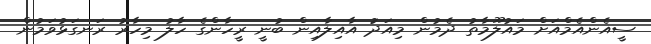
ސީއެންއެމްއަށް މައުލޫމާތު ދެމުން މިއަދަު އާއިލާއިން ބުނީ ރީހާންގެ ހާލު މިހާރު ރަނގަޅުވަމުން